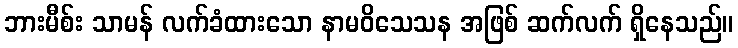
ဘားမီစ်း သာမန် လက်ခံထားသော နာမဝိသေသန အဖြစ် ဆက်လက် ရှိနေသည်။